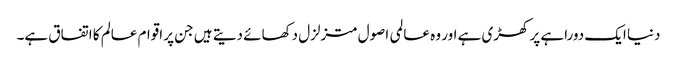
دنیا ایک دوراہے پر کھڑی ہے اور وہ عالمی اصول متزلزل دکھائے دیتے ہیں جن پر اقوام عالم کا اتفاق ہے۔